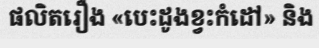
ផលិតរឿង «បេះដូងខ្វះកំដៅ» និង